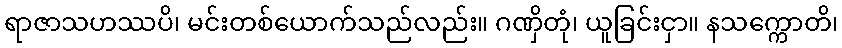
ရာဇာသဟဿပိ၊ မင်းတစ်ယောက်သည်လည်း။ ဂဏှိတုံ၊ ယူခြင်းငှာ။ နသက္ကောတိ၊